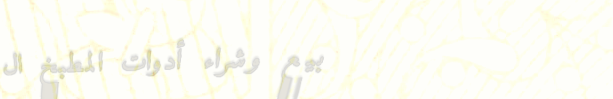
بيع وشراء أدوات المطبخ ال